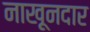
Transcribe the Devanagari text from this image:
नाख़ूनदार